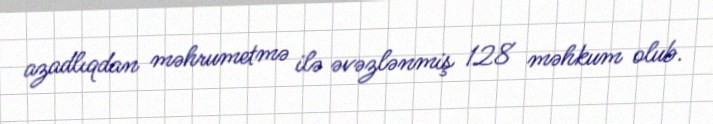
azadlıqdan məhrumetmə ilə əvəzlənmiş 128 məhkum olub.